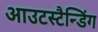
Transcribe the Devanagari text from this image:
आउटस्टैन्डिंग